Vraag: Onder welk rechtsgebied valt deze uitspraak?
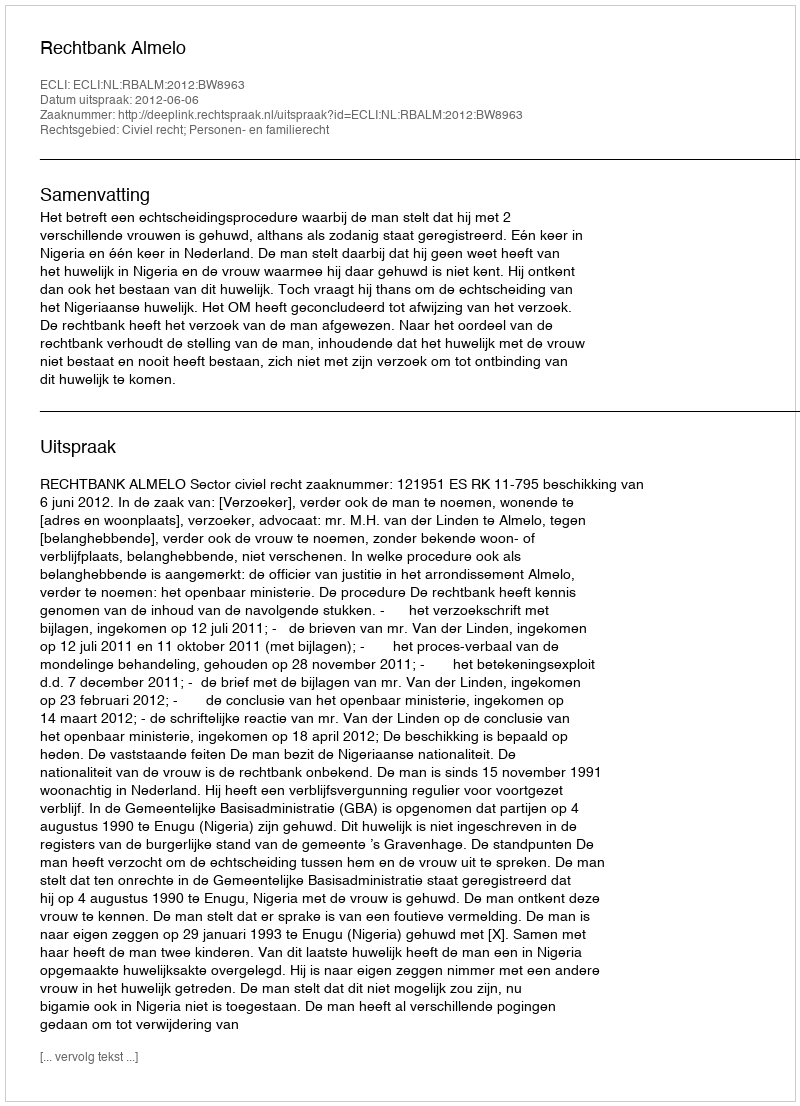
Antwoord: Civiel recht; Personen- en familierecht